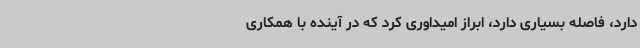
دارد، فاصله بسیاری دارد، ابراز امیداوری کرد که در آینده با همکاری